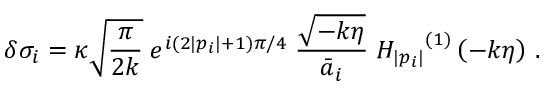
\delta \sigma _ { i } = \kappa \sqrt { \frac { \pi } { 2 k } } \; e ^ { i ( 2 | p _ { i } | + 1 ) \pi / 4 } \; \frac { \sqrt { - k \eta } } { \bar { a } _ { i } } \; { H _ { | p _ { i } | } } ^ { ( 1 ) } \left( - k \eta \right) \, .